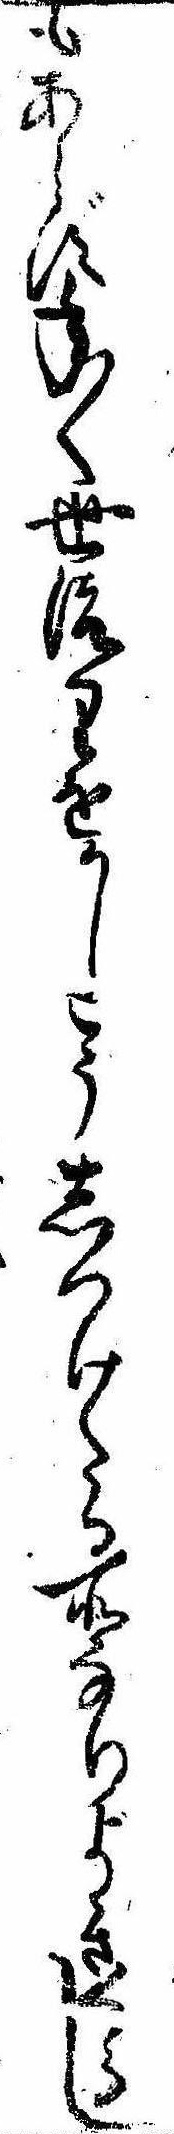
もあらず年〱世渡りをかしこうしつけたる所なりよきくらし